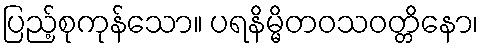
ပြည့်စုကုန်သော။ ပရနိမ္မိတဝသဝတ္တိနော၊